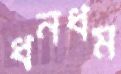
ধনধম